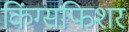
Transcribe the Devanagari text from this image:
किंग्सफिशर